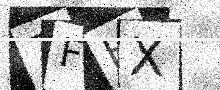
Text: 7FHX